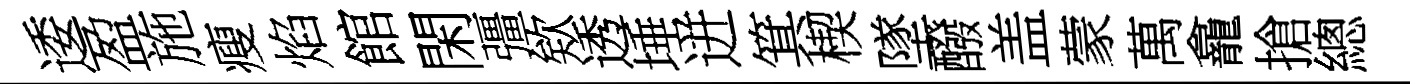
逶盈施瘦焰館閑彊欸透埵迸箕楔墜醱盖蒙萬龕搶總